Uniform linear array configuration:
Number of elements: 4
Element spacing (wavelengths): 1
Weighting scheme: binomial
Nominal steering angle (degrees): -45
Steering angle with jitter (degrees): -46.662
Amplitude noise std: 0.05
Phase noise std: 0.05

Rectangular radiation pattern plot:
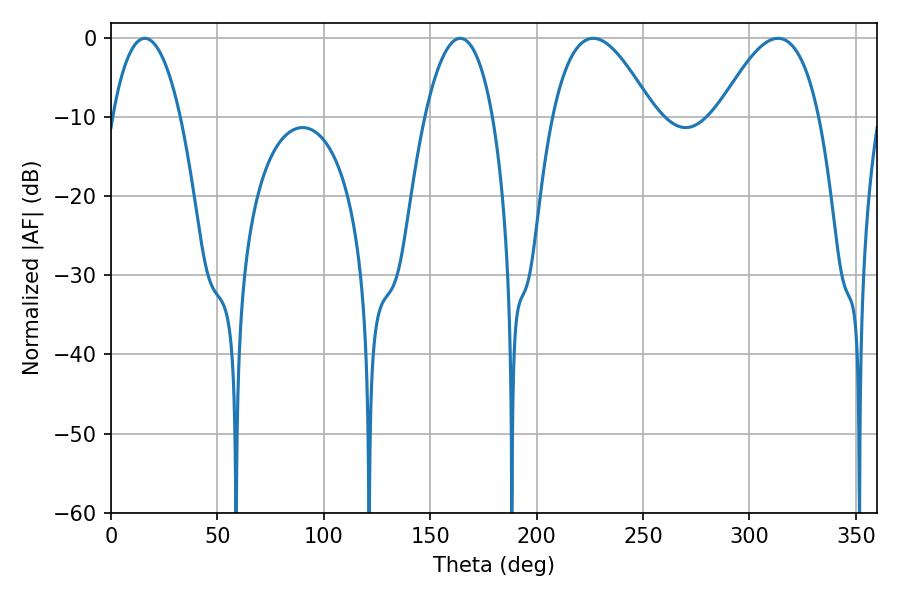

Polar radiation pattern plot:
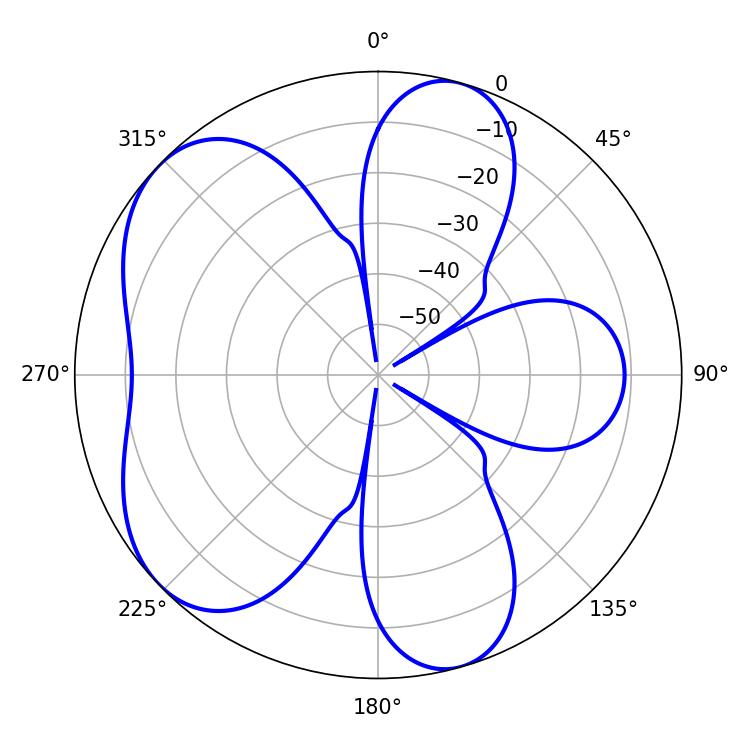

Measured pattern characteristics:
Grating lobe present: TRUE
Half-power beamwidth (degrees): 25.74
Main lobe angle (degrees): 226.62